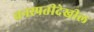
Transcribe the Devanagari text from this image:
वनस्पतीदेखील